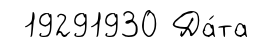
19291930 Да́та